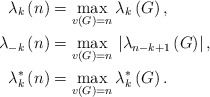
\begin{align*}\lambda_{k}\left( n\right) & =\max_{v\left( G\right) =n}\lambda_{k}\left( G\right) ,\\\lambda_{-k}\left( n\right) & =\max_{v\left( G\right) =n}\text{}\left\vert \lambda_{n-k+1}\left( G\right) \right\vert ,\\\lambda_{k}^{\ast}\left( n\right) & =\max_{v\left( G\right) =n}\lambda_{k}^{\ast}\left( G\right) .\end{align*}